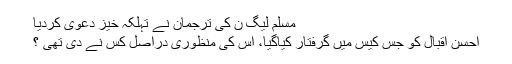
مسلم لیگ ن کی ترجمان نے تہلکہ خیز دعویٰ کردیا
احسن اقبال کو جس کیس میں گرفتار کیاگیا، اس کی منظوری دراصل کس نے دی تھی ؟